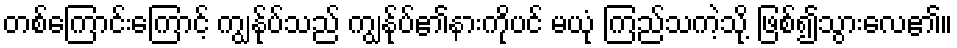
တစ်ကြောင်းကြောင့် ကျွန်ုပ်သည် ကျွန်ုပ်၏နားကိုပင် မယုံ ကြည်သကဲ့သို့ ဖြစ်၍သွားလေ၏။